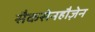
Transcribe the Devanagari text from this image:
सैकसेनहौज़ेन